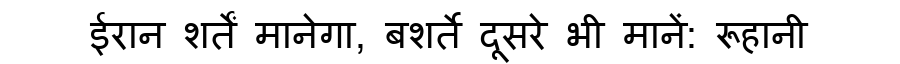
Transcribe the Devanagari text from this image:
ईरान शर्तें मानेगा, बशर्ते दूसरे भी मानें: रूहानी